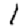
Digit: 1